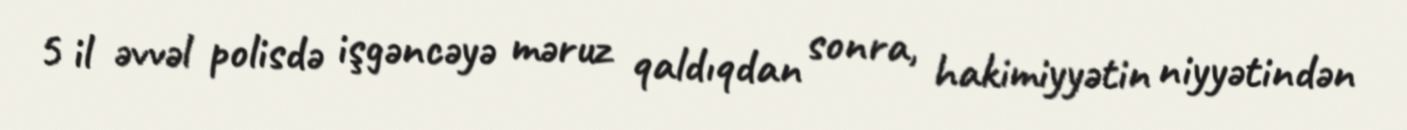
5 il əvvəl polisdə işgəncəyə məruz qaldıqdan sonra, hakimiyyətin niyyətindən